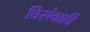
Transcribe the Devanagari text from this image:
विसंवाही